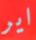
اير